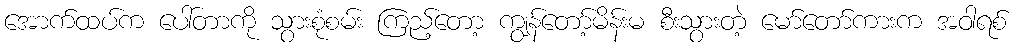
အောက်ထပ်က ပေါ်တာကို သွားစုံစမ်း ကြည့်တော့ ကျွန်တော့်မိန်းမ စီးသွားတဲ့ မော်တော်ကားက အဝါရစ်